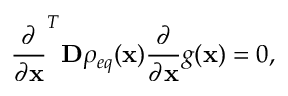
\frac { \partial } { \partial \mathbf { x } } ^ { T } \mathbf { D } \rho _ { e q } ( \mathbf { x } ) \frac { \partial } { \partial \mathbf { x } } g ( \mathbf { x } ) = 0 ,